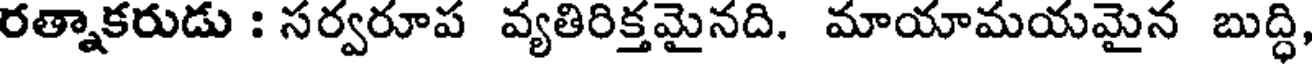
రత్నాకరుడు : సర్వరూప వ్యతిరిక్తమైనది. మాయామయమైన బుద్ధి,